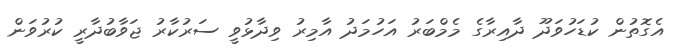
އެގޮތުން ކުޑަހުވަދޫ ދާއިރާގެ މެމްބަރު އަހުމަދު އާމިރު ވިދާޅުވީ ސަރުކާރު ޖަވާބުދާރީ ކުރުވަން